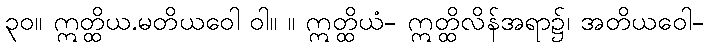
၃၀။ ဣတ္ထိယ.မတိယဝေါ ဝါ။ ။ ဣတ္ထိယံ- ဣတ္ထိလိန်အရာ၌၊ အတိယဝေါ-